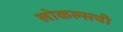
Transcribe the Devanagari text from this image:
लोकल्सची